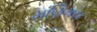
મણિમય